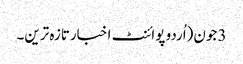
3 جون(اُردو پوائنٹ اخبارتازہ ترین۔